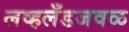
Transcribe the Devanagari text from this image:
लव्हलँडजवळ